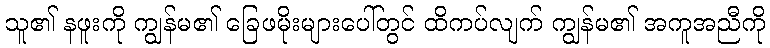
သူ၏ နဖူးကို ကျွန်မ၏ ခြေဖမိုးများပေါ်တွင် ထိကပ်လျက် ကျွန်မ၏ အကူအညီကို